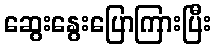
ဆွေးနွေးပြောကြားပြီး